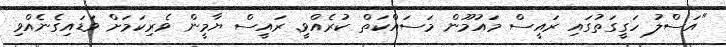
"އަސްލު ހަގީގަތުގައި ރައީސް މައުމޫން މަސައްކަތް ކުރެއްވީ